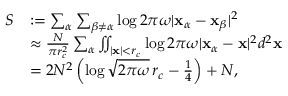
\begin{array} { r l } { S } & { : = \sum _ { \alpha } \sum _ { \beta \neq \alpha } \log 2 \pi \omega | \mathbf x _ { \alpha } - \mathbf x _ { \beta } | ^ { 2 } } \\ & { \approx \frac { N } { \pi r _ { c } ^ { 2 } } \sum _ { \alpha } \iint _ { | \mathbf x | < r _ { c } } \log 2 \pi \omega | \mathbf x _ { \alpha } - \mathbf x | ^ { 2 } d ^ { 2 } \mathbf x } \\ & { = 2 N ^ { 2 } \left( \log \sqrt { 2 \pi \omega } \, r _ { c } - \frac { 1 } { 4 } \right) + N , } \end{array}